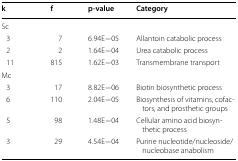
<table><thead><tr><td><b>k</b></td><td><b>f</b></td><td><b>p-value</b></td><td><b>Category</b></td></tr></thead><tbody><tr><td colspan="4">Sc</td></tr><tr><td> 3</td><td>7</td><td>6.94E−05</td><td>Allantoin catabolic process</td></tr><tr><td> 2</td><td>2</td><td>1.64E−04</td><td>Urea catabolic process</td></tr><tr><td> 11</td><td>815</td><td>1.62E−03</td><td>Transmembrane transport</td></tr><tr><td colspan="4">Mc</td></tr><tr><td> 3</td><td>17</td><td>8.82E−06</td><td>Biotin biosynthetic process</td></tr><tr><td> 6</td><td>110</td><td>2.04E−05</td><td>Biosynthesis of vitamins, cofactors, and prosthetic groups</td></tr><tr><td> 5</td><td>98</td><td>1.48E−04</td><td>Cellular amino acid biosynthetic process</td></tr><tr><td> 3</td><td>29</td><td>4.54E−04</td><td>Purine nucleotide/nucleoside/nucleobase anabolism</td></tr></tbody></table>